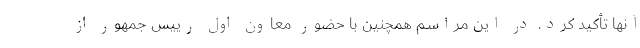
آنها تأکید کرد. در این مراسم همچنین با حضور معاون اول رییس جمهور از